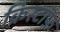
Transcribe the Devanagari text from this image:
क्रिस्टॉफ़